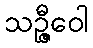
သဉ္ဇီဝေါ